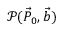
\mathcal { P } ( \vec { P } _ { 0 } , \vec { b } )